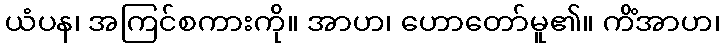
ယံပန၊ အကြင်စကားကို။ အာဟ၊ ဟောတော်မူ၏။ ကိံအာဟ၊